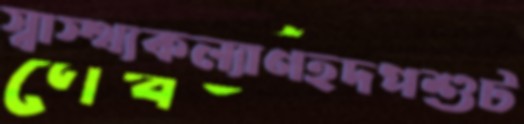
স্বাস্থ্যকল্যাণহদপশুট